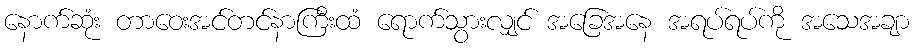
နောက်ဆုံး တာဝေးအင်တင်နာကြီးထံ ရောက်သွားလျှင် အခြေအနေ အရပ်ရပ်ကို အသေအချာ